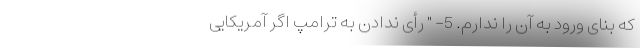
که بنای ورود به آن را ندارم. 5- " رأی ندادن به ترامپ اگر آمریکایی